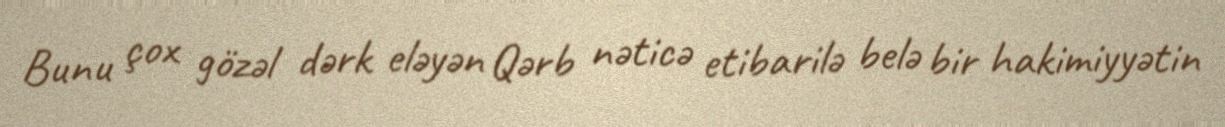
Bunu çox gözəl dərk eləyən Qərb nəticə etibarilə belə bir hakimiyyətin